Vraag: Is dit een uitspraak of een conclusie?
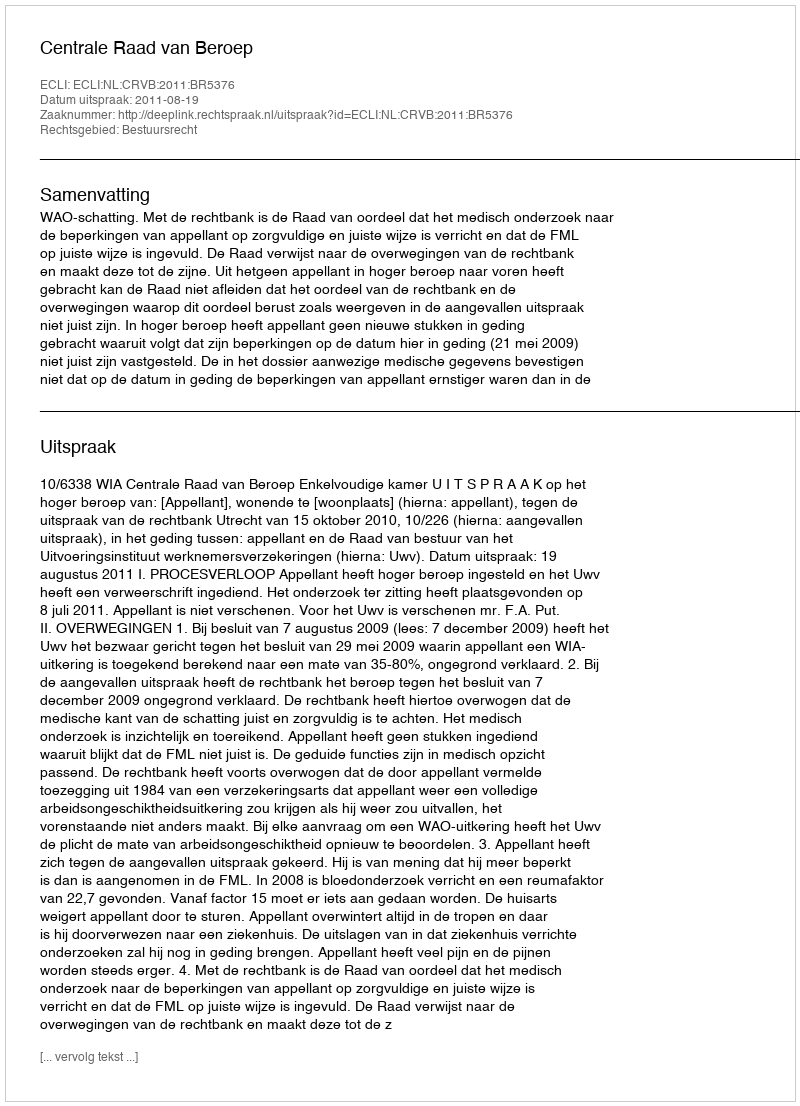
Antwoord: Uitspraak